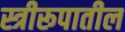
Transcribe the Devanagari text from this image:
स्त्रीरूपातील